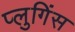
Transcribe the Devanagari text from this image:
प्लुगिंस